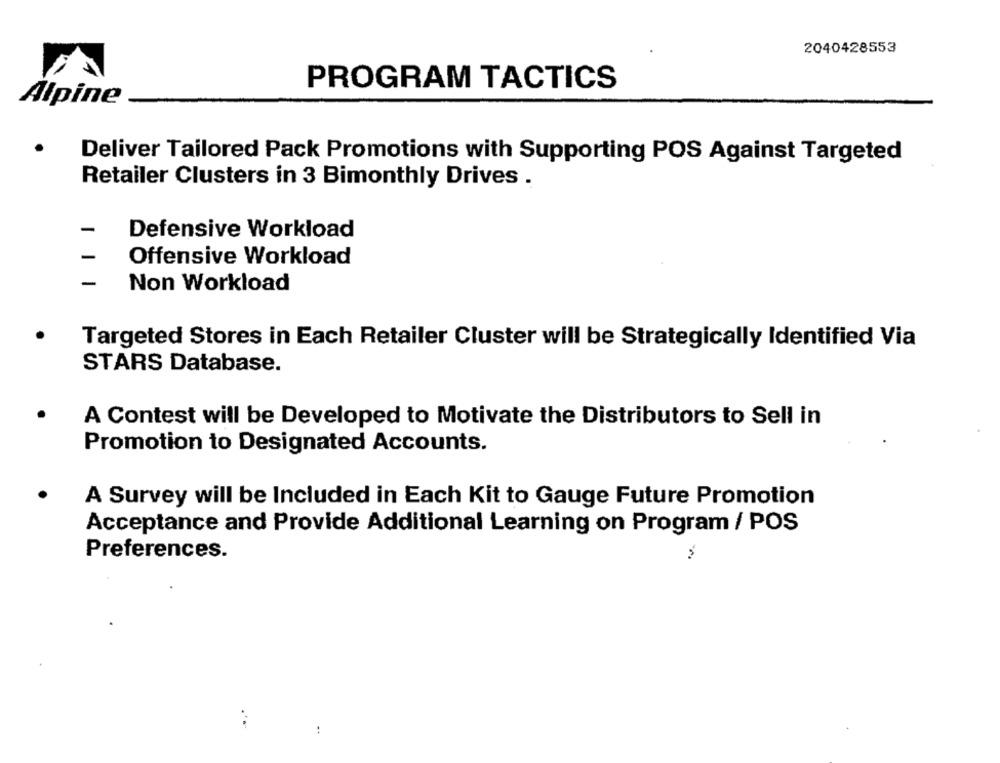
2040428553
PROGRAM TACTICS
Alpine
Deliver Tailored Pack Promotions with Supporting POS Against Targeted
Retailer Clusters in 3 Bimonthly Drives .
Defensive Workload
Offensive Workload
Non Workload
Targeted Stores in Each Retailer Cluster will be Strategically Identified Via
STARS Database.
A Contest will be Developed to Motivate the Distributors to Sell in
Promotion to Designated Accounts.
A Survey will be Included in Each Kit to Gauge Future Promotion
Acceptance and Provide Additional Learning on Program / POS
Preferences.
: